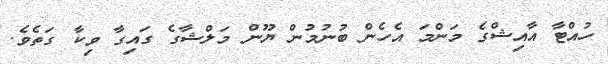
ހުއްޓާ އާއިޝްގެ މަންމަ އެހެން ބުނުމުން ޔޫން މަލްޝާގެ ގައިގާ ވިކާ ގަތެވެ.